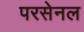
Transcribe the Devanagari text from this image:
परसेनल